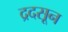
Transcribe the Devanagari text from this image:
द्रदसून